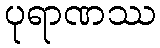
ပုရာဏဿ